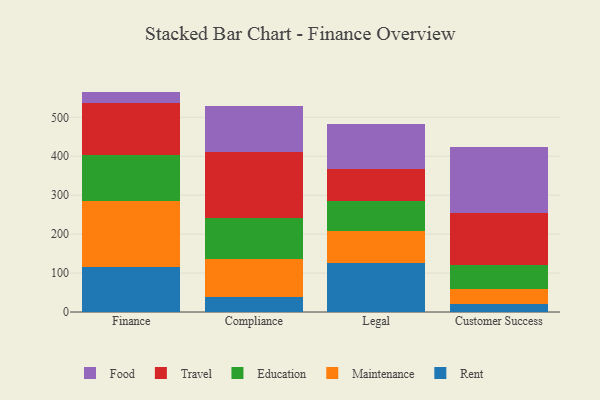
{"axis": {"x": "Department", "y": "Population (Million)"}, "legend": ["Education", "Food", "Maintenance", "Rent", "Travel"], "data": [{"x": "Finance", "y": 116.0, "type": "Rent"}, {"x": "Finance", "y": 169.6, "type": "Maintenance"}, {"x": "Finance", "y": 118.3, "type": "Education"}, {"x": "Finance", "y": 134.1, "type": "Travel"}, {"x": "Finance", "y": 28.0, "type": "Food"}, {"x": "Compliance", "y": 39.5, "type": "Rent"}, {"x": "Compliance", "y": 97.9, "type": "Maintenance"}, {"x": "Compliance", "y": 102.8, "type": "Education"}, {"x": "Compliance", "y": 169.7, "type": "Travel"}, {"x": "Compliance", "y": 120.1, "type": "Food"}, {"x": "Legal", "y": 125.0, "type": "Rent"}, {"x": "Legal", "y": 83.6, "type": "Maintenance"}, {"x": "Legal", "y": 77.4, "type": "Education"}, {"x": "Legal", "y": 80.2, "type": "Travel"}, {"x": "Legal", "y": 116.7, "type": "Food"}, {"x": "Customer Success", "y": 19.7, "type": "Rent"}, {"x": "Customer Success", "y": 38.3, "type": "Maintenance"}, {"x": "Customer Success", "y": 62.6, "type": "Education"}, {"x": "Customer Success", "y": 134.8, "type": "Travel"}, {"x": "Customer Success", "y": 169.1, "type": "Food"}]}